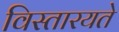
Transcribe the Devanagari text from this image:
विस्तारयते